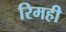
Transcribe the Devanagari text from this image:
रिमही